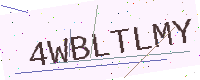
Text: 4WBLTLMY